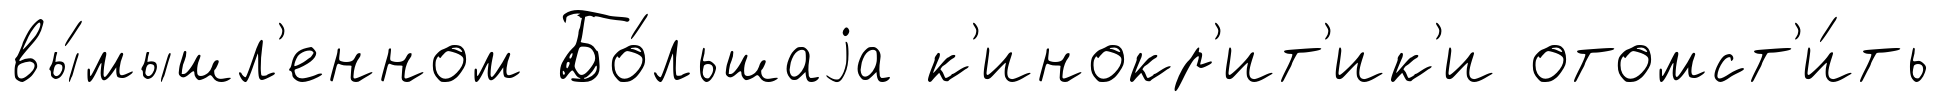
вы́мышл'енном Бо́льшаjа к'инокр'ит'ик'и отомст'и́ть